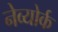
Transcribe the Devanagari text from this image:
नेव्योर्क